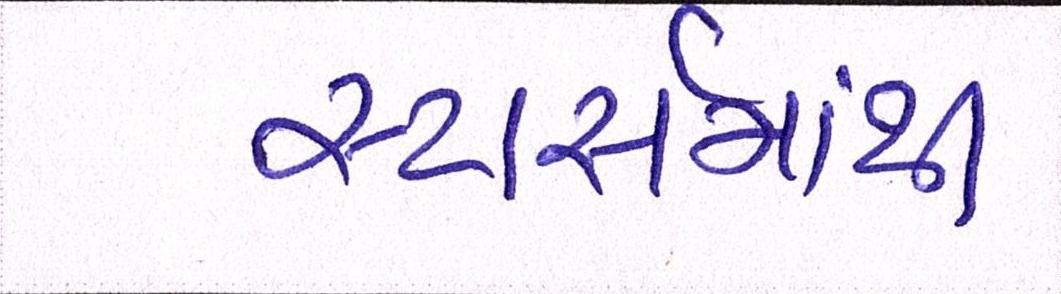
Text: સ્ટાર્સમાંથી